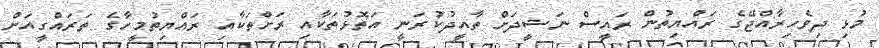
މުޅި ދިވެހިރާއްޖޭގެ ރައްޔިތުން ރައީސް ނަޝީދަށް ތާއީދުކުރަނީ އަތޮޅުތަކާއި ރަށްތަކާއި ރައްޔިތުމީހާގެ ތަރައްގީއަށް